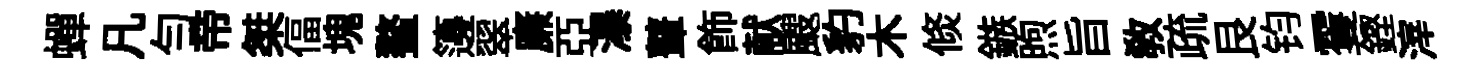
蟬凡勻帝桀偪塊鳌籩翠廉亞瀑鼙飾献颼豹木倐鏃煦旨教疏艮钧䨥鏗滓